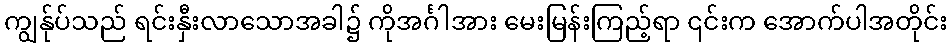
ကျွန်ုပ်သည် ရင်းနှီးလာသောအခါ၌ ကိုအင်္ဂါအား မေးမြန်းကြည့်ရာ ၎င်းက အောက်ပါအတိုင်း